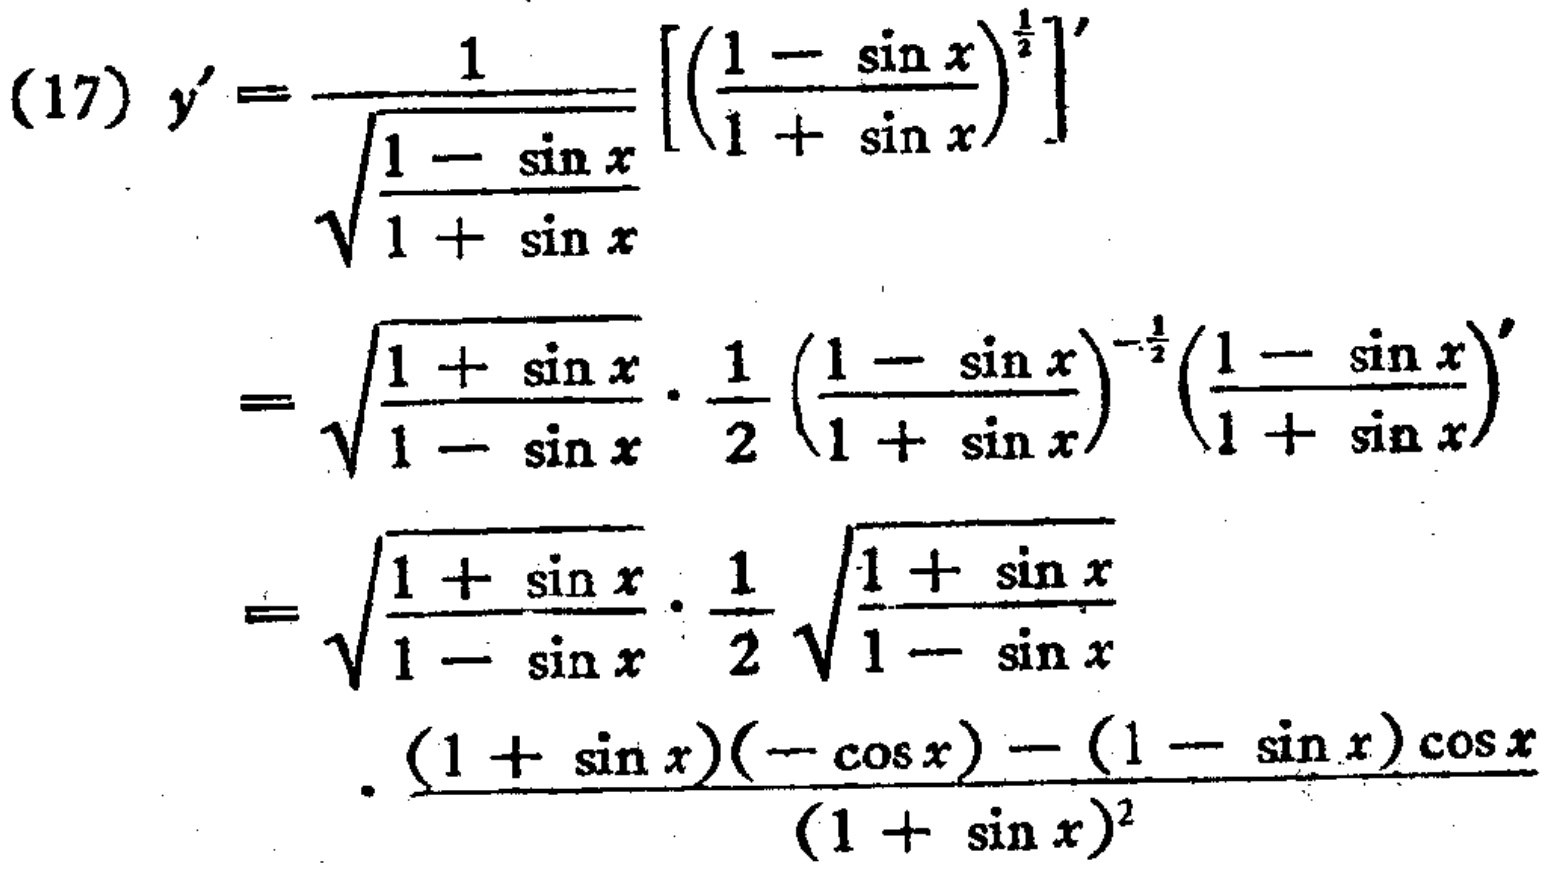
\begin{align*}
(17)\ y'&=\frac{1}{\sqrt{\frac{1 - \sin x}{1 + \sin x}}}\left[\left(\frac{1 - \sin x}{1 + \sin x}\right)^{\frac{1}{2}}\right]'\\
&=\sqrt{\frac{1 + \sin x}{1 - \sin x}}\cdot\frac{1}{2}\left(\frac{1 - \sin x}{1 + \sin x}\right)^{-\frac{1}{2}}\left(\frac{1 - \sin x}{1 + \sin x}\right)'\\
&=\sqrt{\frac{1 + \sin x}{1 - \sin x}}\cdot\frac{1}{2}\sqrt{\frac{1 + \sin x}{1 - \sin x}}\\
&\cdot\frac{(1 + \sin x)(-\cos x) - (1 - \sin x)\cos x}{(1 + \sin x)^2}
\end{align*}